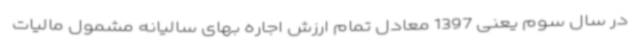
در سال سوم یعنی 1397 معادل تمام ارزش اجاره بهای سالیانه مشمول مالیات